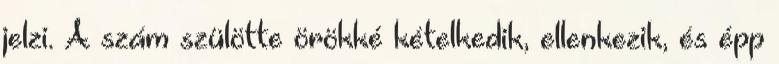
jelzi. A szám szülötte örökké kételkedik, ellenkezik, és épp